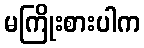
မကြိုးစားပါက